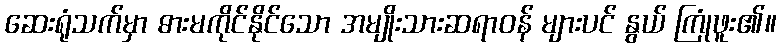
ဆေးရုံသက်မှာ ဓားမကိုင်နိုင်သော အမျိုးသားဆရာဝန် များပင် နွယ် ကြုံဖူး၏။